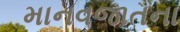
માનવજાતના